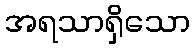
အရသာရှိသော